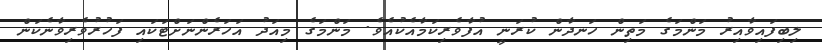
ލިބިފައިވާއިރު މަންމަގެ މަތިން ހަނދާން ކުރަނީ އުފާވެރިކަމާއެކުއެވެ. މަންމަގެ މިއަދު އަހަރެންނަށްޓަކައި ފަހުރުވެރިވާނެކަން